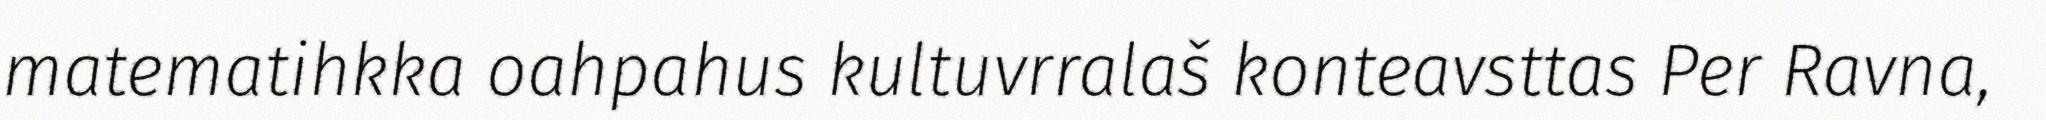
matematihkka oahpahus kultuvrralaš konteavsttas Per Ravna,